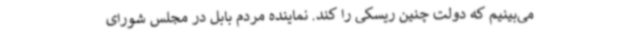
می‌بینیم که دولت چنین ریسکی را کند. نماینده مردم بابل در مجلس شورای